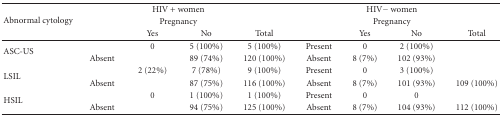
<table><thead><tr><td rowspan="3"><b>Abnormal cytology</b></td><td colspan="4"><b> HIV + women</b></td><td colspan="4"><b> HIV− women</b></td></tr><tr><td colspan="4"><b>Pregnancy</b></td><td colspan="4"><b>Pregnancy</b></td></tr><tr><td>[EMPTY_CELL]</td><td><b>Yes</b></td><td><b>No</b></td><td><b>Total</b></td><td>[EMPTY_CELL]</td><td><b>Yes</b></td><td><b>No</b></td><td><b>Total</b></td></tr></thead><tbody><tr><td rowspan="2">ASC-US</td><td>[EMPTY_CELL]</td><td>0</td><td>5 (100%)</td><td>5 (100%)</td><td>Present</td><td>0</td><td>2 (100%)</td><td>[EMPTY_CELL]</td></tr><tr><td>Absent</td><td>[EMPTY_CELL]</td><td>89 (74%)</td><td>120 (100%)</td><td>Absent</td><td>8 (7%)</td><td>102 (93%)</td><td>[EMPTY_CELL]</td></tr><tr><td rowspan="2">LSIL</td><td>[EMPTY_CELL]</td><td>2 (22%)</td><td>7 (78%)</td><td>9 (100%)</td><td>Present</td><td>0</td><td>3 (100%)</td><td>[EMPTY_CELL]</td></tr><tr><td>Absent</td><td>[EMPTY_CELL]</td><td>87 (75%)</td><td>116 (100%)</td><td>Absent</td><td>8 (7%)</td><td>101 (93%)</td><td>109 (100%)</td></tr><tr><td rowspan="2">HSIL</td><td>[EMPTY_CELL]</td><td>0</td><td>1 (100%)</td><td>1 (100%)</td><td>Present</td><td>0</td><td>0</td><td>[EMPTY_CELL]</td></tr><tr><td>Absent</td><td>[EMPTY_CELL]</td><td>94 (75%)</td><td>125 (100%)</td><td>Absent</td><td>8 (7%)</td><td>104 (93%)</td><td>112 (100%)</td></tr></tbody></table>